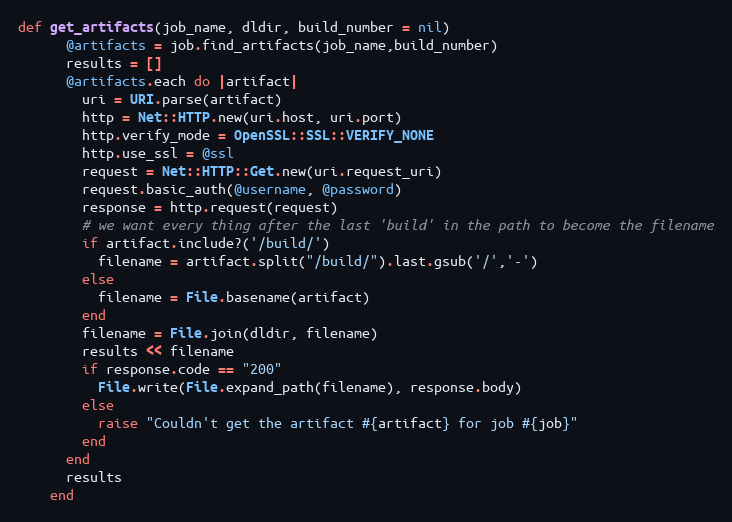
Language: Ruby
def get_artifacts(job_name, dldir, build_number = nil)
      @artifacts = job.find_artifacts(job_name,build_number)
      results = []
      @artifacts.each do |artifact|
        uri = URI.parse(artifact)
        http = Net::HTTP.new(uri.host, uri.port)
        http.verify_mode = OpenSSL::SSL::VERIFY_NONE
        http.use_ssl = @ssl
        request = Net::HTTP::Get.new(uri.request_uri)
        request.basic_auth(@username, @password)
        response = http.request(request)
        # we want every thing after the last 'build' in the path to become the filename
        if artifact.include?('/build/')
          filename = artifact.split("/build/").last.gsub('/','-')
        else
          filename = File.basename(artifact)
        end
        filename = File.join(dldir, filename)
        results << filename
        if response.code == "200"
          File.write(File.expand_path(filename), response.body)
        else
          raise "Couldn't get the artifact #{artifact} for job #{job}"
        end
      end
      results
    end